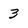
Character: 3